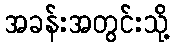
အခန်းအတွင်းသို့